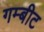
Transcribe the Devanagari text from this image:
गम्बीट